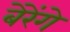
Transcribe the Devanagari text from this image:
बेरेंगे